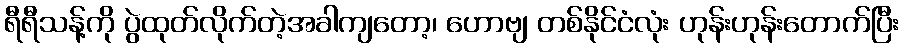
ရီရီသန့်ကို ပွဲထုတ်လိုက်တဲ့အခါကျတော့၊ ဟောဗျ တစ်နိုင်ငံလုံး ဟုန်းဟုန်းတောက်ပြီး